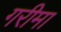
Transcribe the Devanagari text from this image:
गरीमा